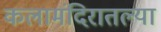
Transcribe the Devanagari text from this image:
कलामंदिरातल्या